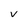
Character: v